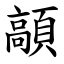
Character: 䯪